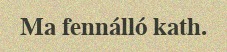
Ma fennálló kath.